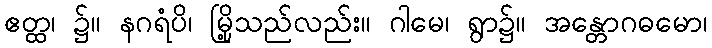
ဧတ္ထ၊ ၌။ နဂရံပိ၊ မြို့သည်လည်း။ ဂါမေ၊ ရွာ၌။ အန္တောဂဓမော၊